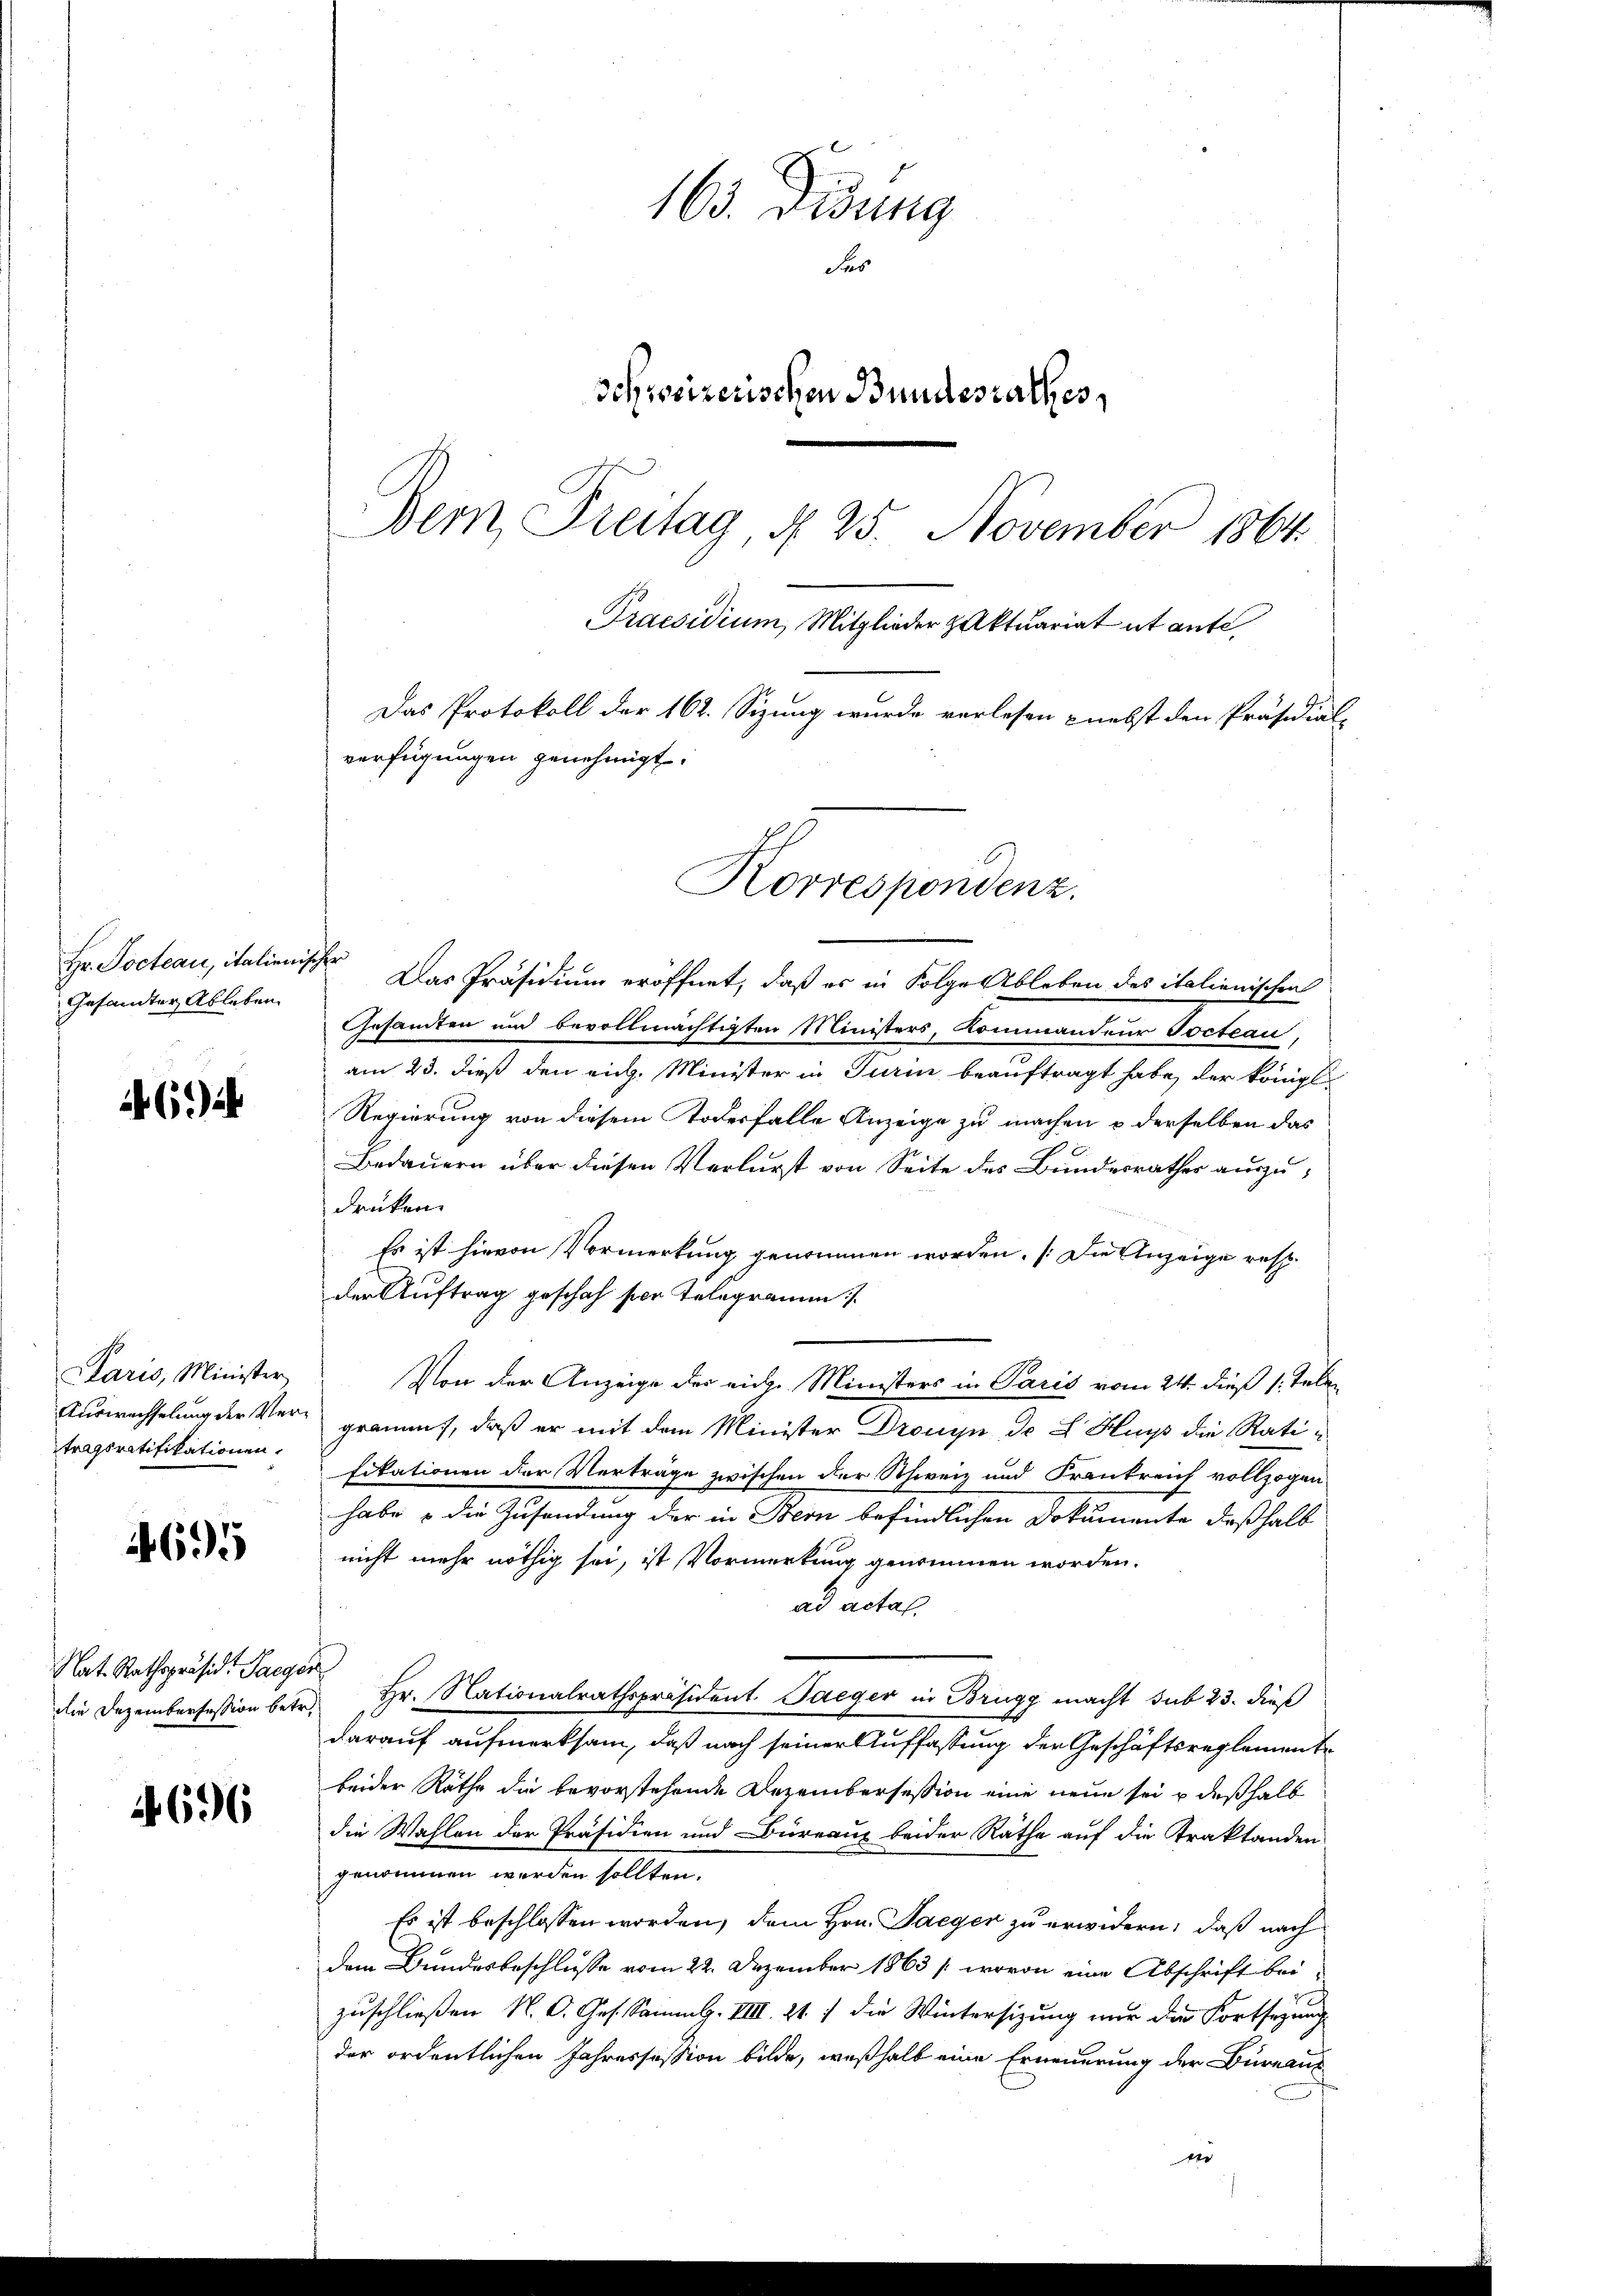
Gesandter Ableben.

62) ih

Paris, Minister
Auswechselung der Vertragsratifikationen.

4695

Nat. Rathspräsid. Paeger

4696

163. Didung
Fes
schweizerischen Bundesrathes,
Bern, Freitag, § 25. November 1864.
Praesidium, Mitglieder Zaktuariat et ante

Das Protokoll der 162. Sizung wurde verlesen nebst den Präsidial-

verfügungen genehmigt.
Korrespondenz.

Hr. Docteau, italienische Das Präsidium eröffnet, daß es in Folge Ableben des italienischen
Gesamten und bevollmächtigten Ministers, Kommandeur Gocteau,
am 23. dieß den eich. Minister in Turin beauftragt habe, der königl.
Regierung von diesem Todesfalle Anzeige zu machen u derselben das
Bedauern über diesen Verlurst von Seite des Bundesrathes auszudrüken.
Es ist hievon Vormerkung genommen worden. (Die Anzeige resp.
der Auftrag geschah per Telegramm
Von der Anzeige der eige Ministers in Paris vom 24. dieß 1: Tele
gramm, daß er mit dem Minister Drouyn, de L Hupp die Ratifikationen der Verträge zwischen der Schweiz und Frankreich vollzogen
habe & die Zusendung der in Stern befindlichen Dokumente deßhalb
nicht mehr nöthig sei, ist Vormerkung genommen worden.
ad actal.
die Dezemberfession betr. Hr. Nationalrathspräsident Saeger in Brugg macht sub 23. dieß
darauf aufmerksam, daß nach seiner Auffassung der Geschäftsreglemente
beider Räthe die bevorstehende Dezembersession eine neue sei u deßhalb
die Wahlen der Präsidien und Büreaus beider Rathe auf die Traktanden
genommen werden sollten.
Es ist beschlossen worden, dem Hrn. Jaeger zu erwidern, daß nach
dem Bundesbeschlusse vom 22. Dezember 1863 / wovon eine Abschrift beizuschließen N. O. Ges. Sammlg. VIII 217 die Wintersitzung nur die Fortsezung
der ordentlichen Jahressession bilde, weßhalb eine Erneuerung der Büreaus